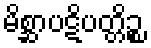
မိစ္ဆာပဋိပတ္တိဉ္စ